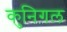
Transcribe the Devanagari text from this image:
कुनिगल